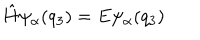
\hat { H } \psi _ { \alpha } ( q _ { 3 } ) = E \psi _ { \alpha } ( q _ { 3 } )